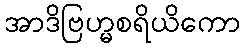
အာဒိဗြဟ္မစရိယိကော